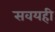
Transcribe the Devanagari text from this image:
सवयही